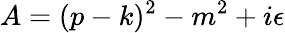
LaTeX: A=(p-k)^{2}-m^{2}+i\epsilon